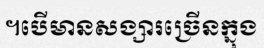
។បើមានសង្សារច្រើនក្នុង